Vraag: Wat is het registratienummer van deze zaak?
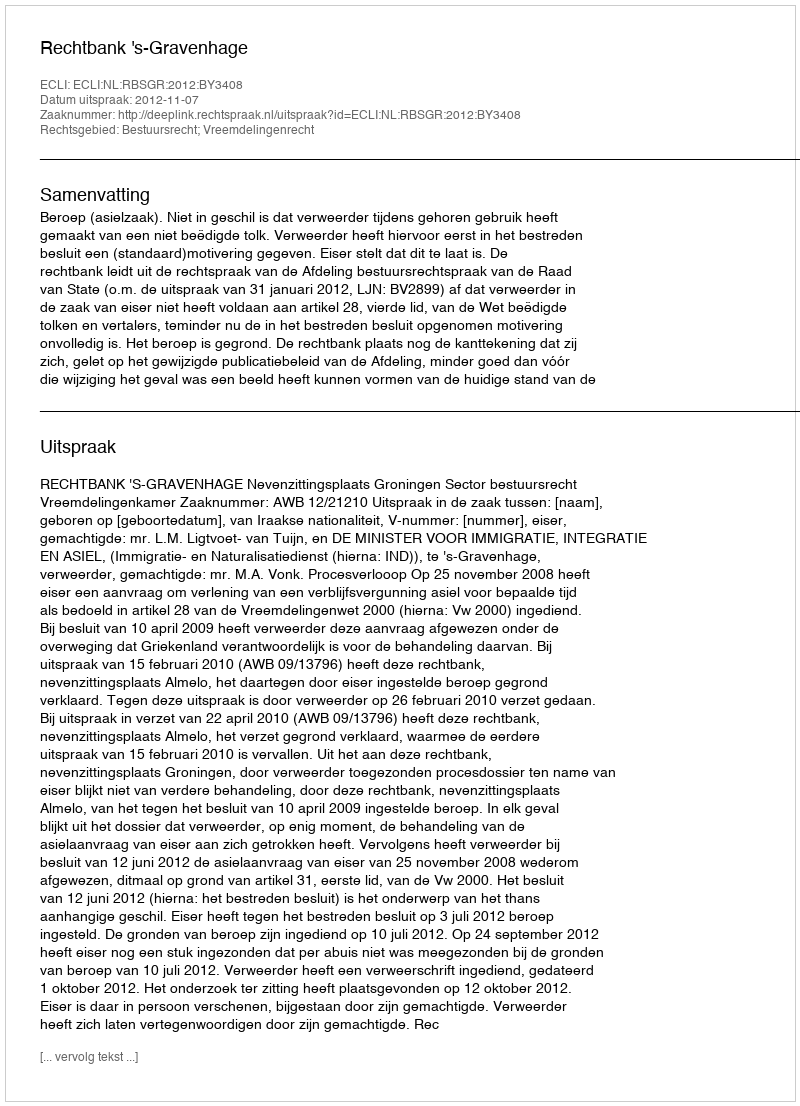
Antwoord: http://deeplink.rechtspraak.nl/uitspraak?id=ECLI:NL:RBSGR:2012:BY3408